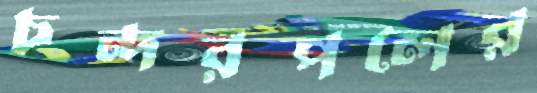
চন্দরপলের